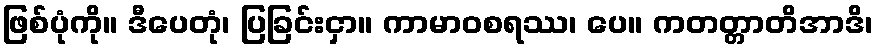
ဖြစ်ပုံကို။ ဒီပေတုံ၊ ပြခြင်းငှာ။ ကာမာဝစရဿ၊ ပေ။ ကတတ္တာတိအာဒိ၊